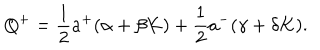
LaTeX: Q ^ { + } = \frac { 1 } { 2 } a ^ { + } ( \alpha + \beta K ) + \frac { 1 } { 2 } a ^ { - } ( \gamma + \delta K ) .